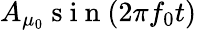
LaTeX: A_{\mu_{0}}\mathrm{~s~i~n~}(2\pi f_{0}t)